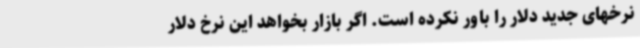
نرخهای جدید دلار را باور نکرده است. اگر بازار بخواهد این نرخ دلار